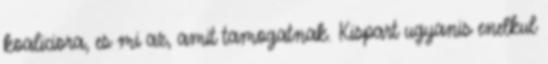
koaliciora, es mi az, amit tamogatnak. Kispart ugyanis enelkul